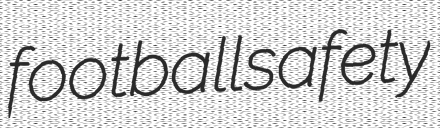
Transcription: football safety